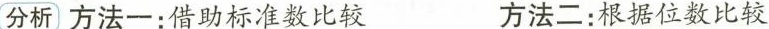
分析方法一 ：借助标准数比较 方法二根据位数比较